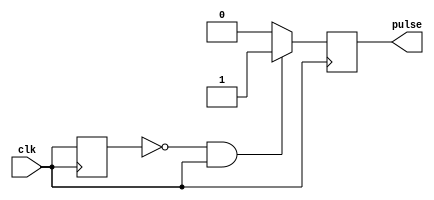
module RisingEdgePulseGenerator(
    input wire clk, // input clock signal
    output reg pulse // output pulse signal
);

// detect rising edge of the clock signal
reg clk_prev;
always @(posedge clk) begin
    if (clk_prev == 1'b0 && clk == 1'b1) begin
        // generate pulse signal on rising edge
        pulse <= 1'b1;
    end else begin
        pulse <= 1'b0;
    end
    clk_prev <= clk;
end

endmodule